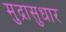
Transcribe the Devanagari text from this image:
मुद्रासुधार